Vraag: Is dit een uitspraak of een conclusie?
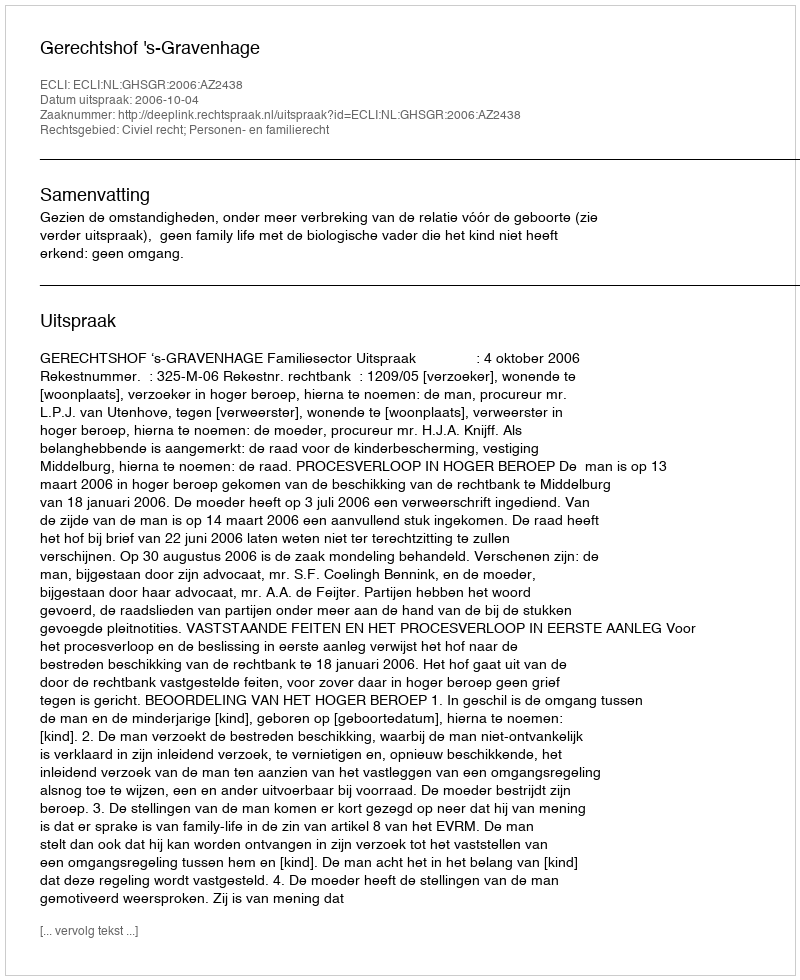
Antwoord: Uitspraak